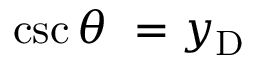
\csc \theta \ = y _ { \mathrm { D } } \quad